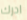
ادرك